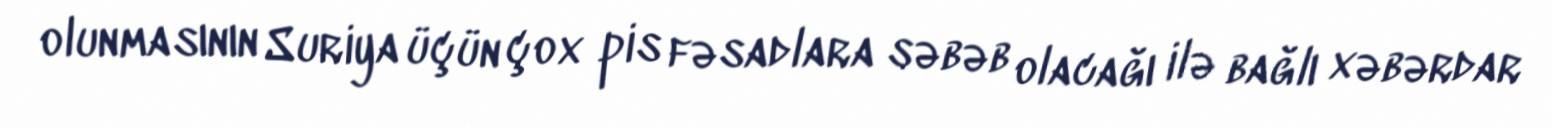
olunmasının Suriya üçün çox pis fəsadlara səbəb olacağı ilə bağlı xəbərdar